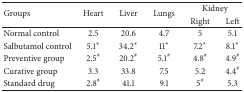
| <ROWSPAN=2> Groups | <ROWSPAN=2> Heart | <ROWSPAN=2> Liver | <ROWSPAN=2> Lungs | <COLSPAN=2> Kidney |
 | Right | Left |
 | --- | --- | --- | --- | --- | --- |
 | Normal control | 2.5 | 20.6 | 4.7 | 5 | 5.1 |
 | Salbutamol control | 5.1∗ | 34.2∗ | 11∗ | 7.2∗ | 8.1∗ |
 | Preventive group | 2.5# | 20.2# | 5.1# | 4.8# | 4.9# |
 | Curative group | 3.3 | 33.8 | 7.5 | 5.2 | 4.4# |
 | Standard drug | 2.8# | 41.1 | 9.1 | 5# | 5.3 |